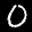
Label: 0